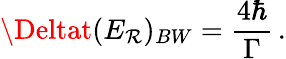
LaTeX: \Deltat(E_{\mathcal{R}})_{BW}={\frac{{4\hbar}}{{\Gamma}}}\, .